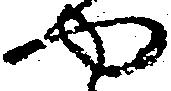
や